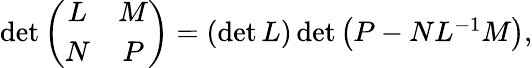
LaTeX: \begin{array}{r}{\operatorname*{det}\left(\begin{array}{cc}{L}&{M}\\ {N}&{P}\end{array}\right)=\left(\operatorname*{det}L\right)\operatorname*{det}\left(P-NL^{-1}M\right),}\end{array}